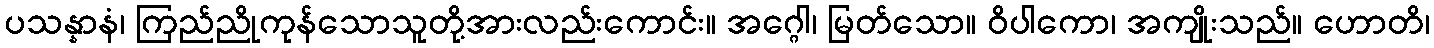
ပသန္နာနံ၊ ကြည်ညိုကုန်သောသူတို့အားလည်းကောင်း။ အဂ္ဂေါ၊ မြတ်သော။ ဝိပါကော၊ အကျိုးသည်။ ဟောတိ၊